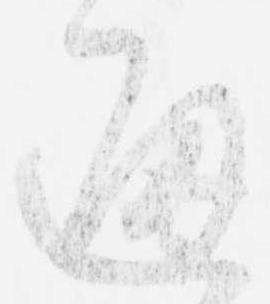
通